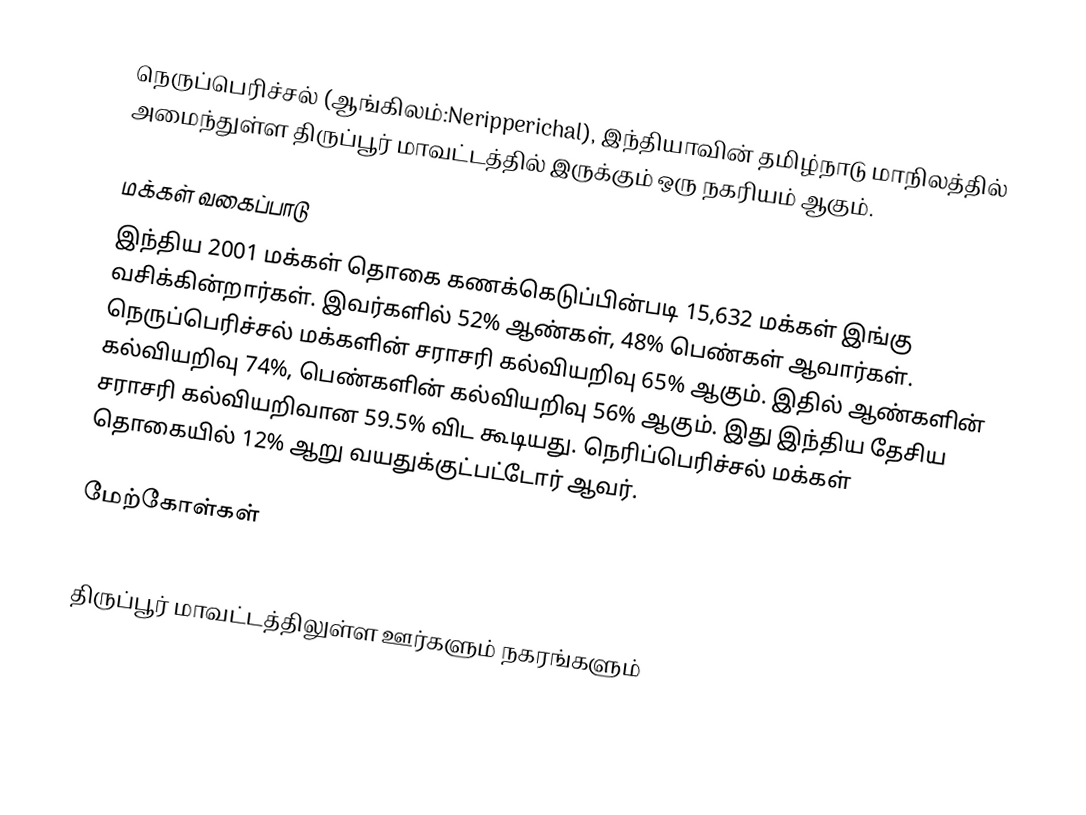
நெருப்பெரிச்சல் (ஆங்கிலம்:Neripperichal), இந்தியாவின் தமிழ்நாடு மாநிலத்தில் அமைந்துள்ள திருப்பூர் மாவட்டத்தில் இருக்கும் ஒரு நகரியம் ஆகும்.

மக்கள் வகைப்பாடு
இந்திய 2001 மக்கள் தொகை கணக்கெடுப்பின்படி 15,632 மக்கள் இங்கு வசிக்கின்றார்கள். இவர்களில் 52% ஆண்கள், 48% பெண்கள் ஆவார்கள். நெருப்பெரிச்சல் மக்களின் சராசரி கல்வியறிவு 65% ஆகும். இதில் ஆண்களின் கல்வியறிவு 74%,  பெண்களின் கல்வியறிவு 56% ஆகும். இது இந்திய தேசிய சராசரி கல்வியறிவான 59.5% விட கூடியது. நெரிப்பெரிச்சல் மக்கள் தொகையில் 12% ஆறு வயதுக்குட்பட்டோர் ஆவர்.

மேற்கோள்கள்

திருப்பூர் மாவட்டத்திலுள்ள ஊர்களும் நகரங்களும்